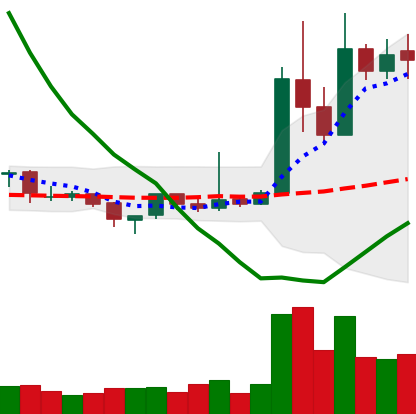
Ticker: XRP-USD
Chart end date: 2019-04-08
Forward return: -8.989%
Label: down_7plus